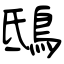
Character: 鴟